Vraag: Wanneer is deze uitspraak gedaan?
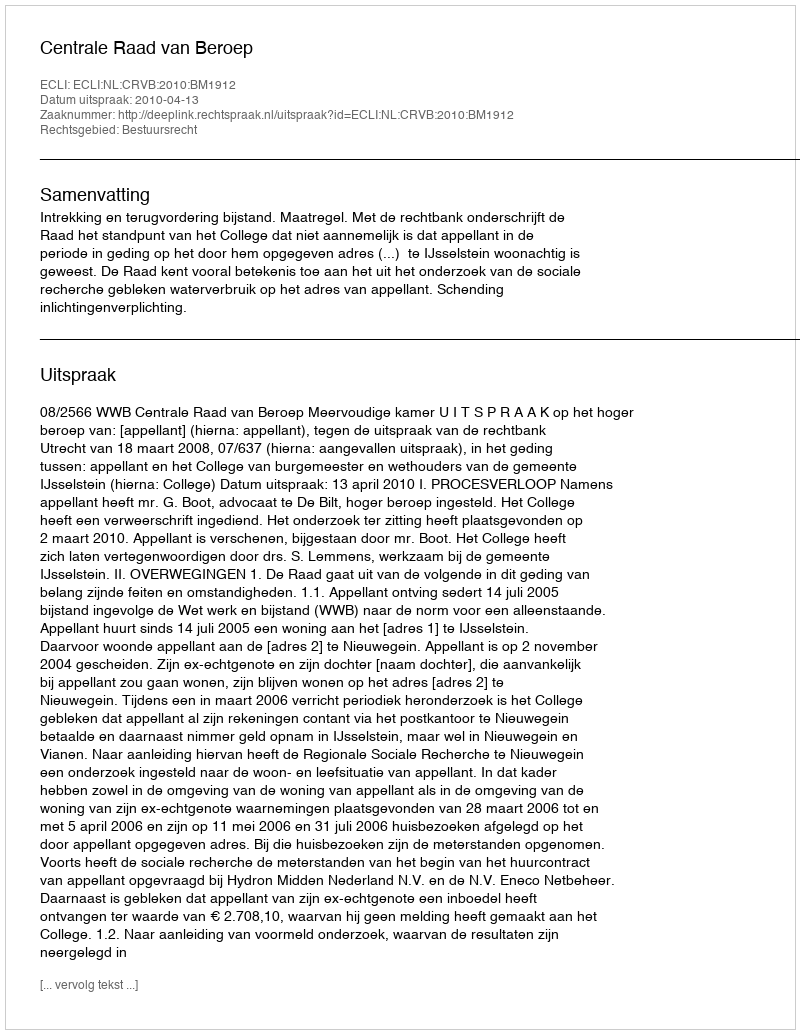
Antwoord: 2010-04-13